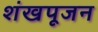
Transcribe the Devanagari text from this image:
शंखपूजन